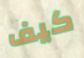
كيف